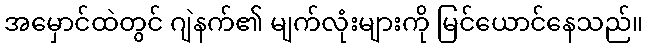
အမှောင်ထဲတွင် ဂျဲနက်၏ မျက်လုံးများကို မြင်ယောင်နေသည်။